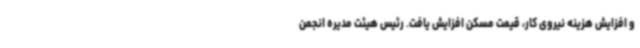
و افزایش هزینه نیروی کار، قیمت مسکن افزایش یافت. رئیس هیئت مدیره انجمن